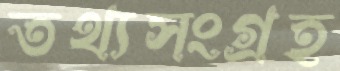
তথ্যসংগ্রহ